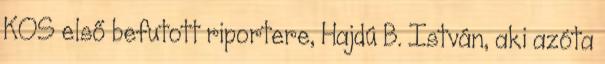
KOS első befutott riportere, Hajdú B. István, aki azóta